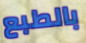
بالطبع